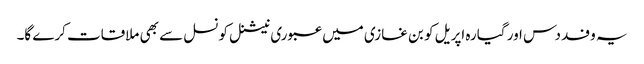
یہ وفد دس اور گیارہ اپریل کو بن غازی میں عبوری نیشنل کونسل سے بھی ملاقات کرے گا۔